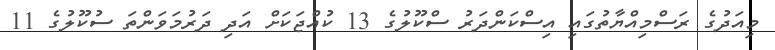
މިއަދުގެ ރަސްމިއްޔާތުގައި އިސްކަންދަރު ސްކޫލުގެ 13 ކުއްޖަކަށް އަދި ދަރުމަވަންތަ ސުކޫލުގެ 11